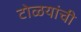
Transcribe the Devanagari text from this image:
टोळयांची